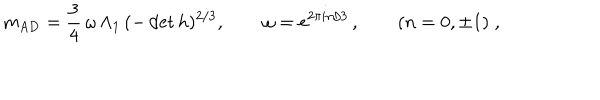
LaTeX: m _ { \mathrm { A D } } = \frac 3 4 \, \omega \, \Lambda _ { 1 } \, ( - \det h ) ^ { 2 / 3 } , \qquad \omega = \mathrm { e } ^ { 2 \pi i n / 3 } \, , \qquad ( n = 0 , \pm 1 ) \; ,